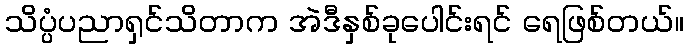
သိပ္ပံပညာရှင်သိတာက အဲဒီနှစ်ခုပေါင်းရင် ရေဖြစ်တယ်။